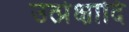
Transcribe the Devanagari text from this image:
उत्प्रेक्षादि